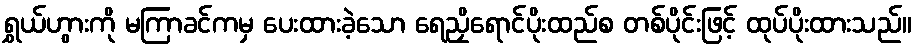
ရွှယ်ဟွားကို မကြာခင်ကမှ ပေးထားခဲ့သော ရေညှိရောင်ပိုးထည်စ တစ်ပိုင်းဖြင့် ထုပ်ပိုးထားသည်။